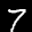
Label: 7